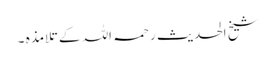
شیخ الحدیث رحمہ اللہ کے تلامذہ ۔